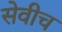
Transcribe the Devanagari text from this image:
सेवीच